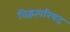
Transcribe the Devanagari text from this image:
विद्वत्परिषद